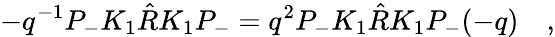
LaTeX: -q^{-1}P_{-}K_{1}\hat{R}K_{1}P_{-}=q^{2}P_{-}K_{1}\hat{R}K_{1}P_{-}(-q)\quad,